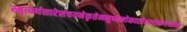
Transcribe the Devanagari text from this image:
स्मृत्यर्थसारेसंचयनेकृतेमनुष्यलोकात्प्रेतलोकंगच्छतः